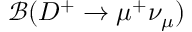
{ \mathcal B } ( D ^ { + } \to \mu ^ { + } \nu _ { \mu } )